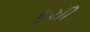
કૂચી